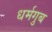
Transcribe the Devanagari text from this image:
धर्मगुब